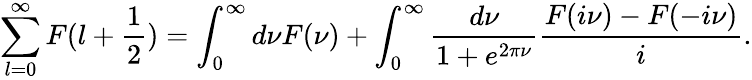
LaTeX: \sum_{l=0}^{\infty}F(l+\frac 12)=\int_{0}^{\infty}d\nu F(\nu)+\int_{0}^{\infty}\frac{d\nu}{1+e^{2\pi\nu}}\frac{F(i\nu)-F(-i\nu)}{i}.